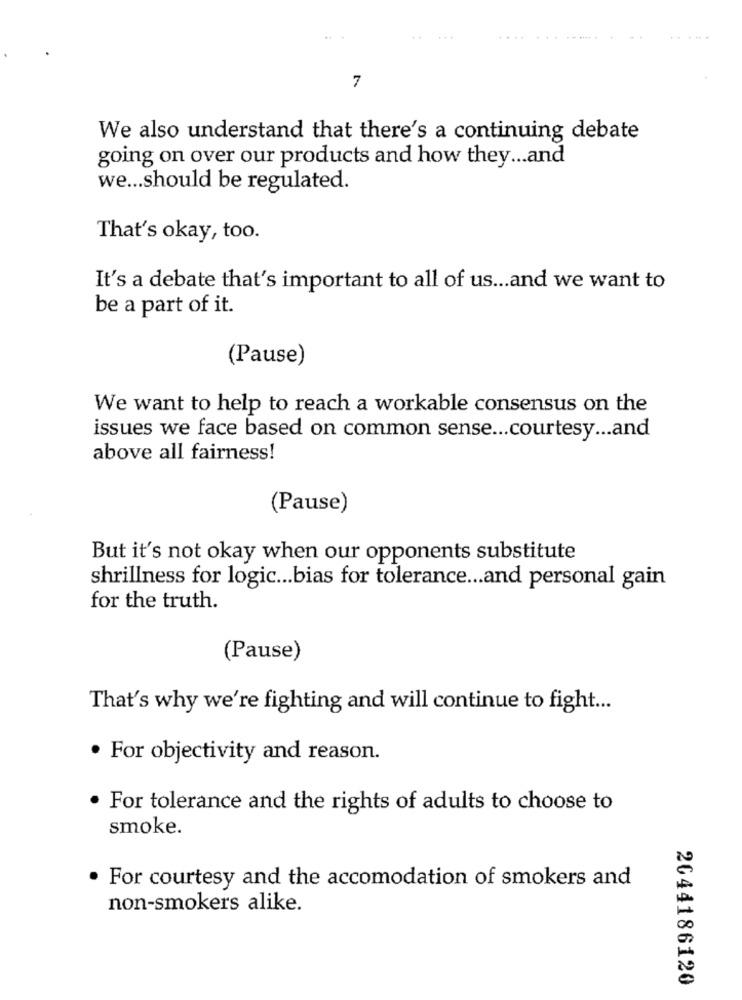
7
We also understand that there's a continuing debate
going on over our products and how they ... and
we ... should be regulated.
That's okay, too.
It's a debate that's important to all of us ... and we want to
be a part of it.
(Pause)
We want to help to reach a workable consensus on the
issues we face based on common sense ... courtesy ... and
above all fairness!
(Pause)
But it's not okay when our opponents substitute
shrillness for logic ... bias for tolerance ... and personal gain
for the truth.
(Pause)
That's why we're fighting and will continue to fight ...
· For objectivity and reason.
· For tolerance and the rights of adults to choose to
smoke.
. For courtesy and the accomodation of smokers and
non-smokers alike.
2044186120